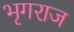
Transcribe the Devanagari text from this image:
भृगराज